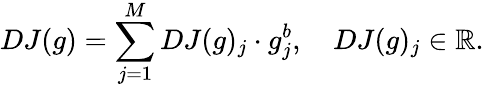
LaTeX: DJ(g)=\sum_{j=1}^{M}DJ(g)_{j}\cdot g_{j}^{b},\quad DJ(g)_{j}\in\mathbb{R}.